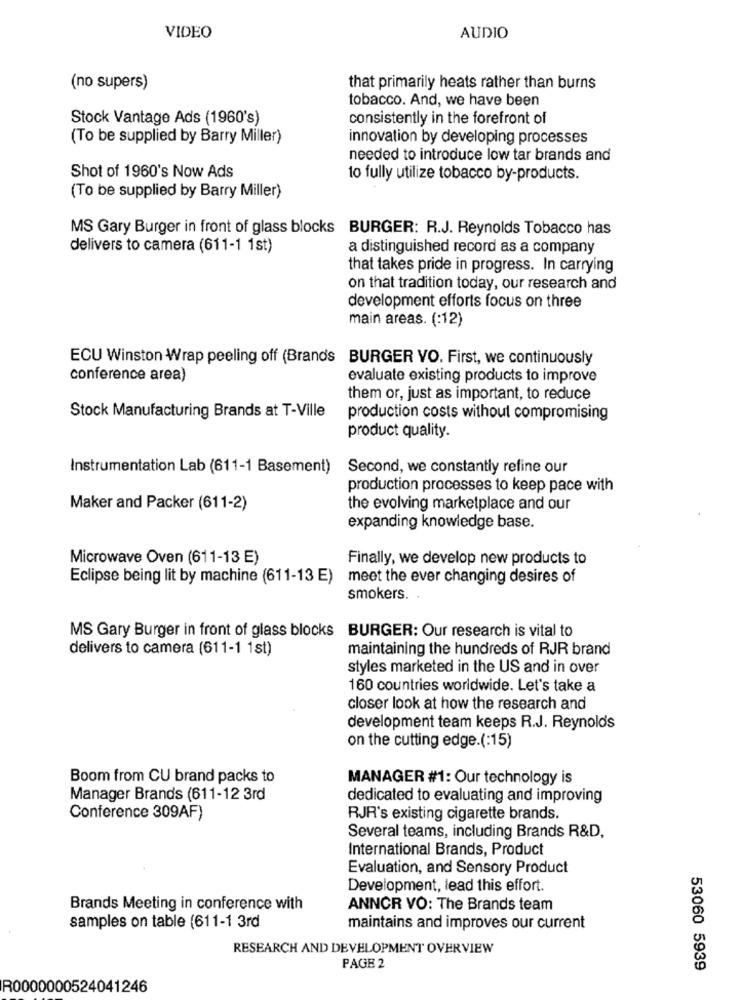
VIDEO
AUDIO
(no supers)
that primarily heats rather than burns
tobacco. And, we have been
Stock Vantage Ads (1960's)
consistently in the forefront of
(To be supplied by Barry Miller)
innovation by developing processes
needed to introduce low tar brands and
Shot of 1960's Now Ads
to fully utilize tobacco by-products.
(To be supplied by Barry Miller)
MS Gary Burger in front of glass blocks BURGER: R.J. Reynolds Tobacco has
delivers to camera (611-1 1st)
a distinguished record as a company
that takes pride in progress. In carrying
on that tradition today, our research and
development efforts focus on three
main areas. (:12)
ECU Winston Wrap peeling off (Brands BURGER VO. First, we continuously
conference area)
evaluate existing products to improve
them or, just as important, to reduce
Stock Manufacturing Brands at T-Ville
production costs without compromising
product quality.
Instrumentation Lab (611-1 Basement)
Second, we constantly refine our
production processes to keep pace with
Maker and Packer (611-2)
the evolving marketplace and our
expanding knowledge base.
Microwave Oven (611-13 E)
Finally, we develop new products to
Eclipse being lit by machine (611-13 E)
meet the ever changing desires of
smokers. .
MS Gary Burger in front of glass blocks BURGER: Our research is vital to
delivers to camera (611-1 1st)
maintaining the hundreds of RJR brand
styles marketed in the US and in over
160 countries worldwide. Let's take a
closer look at how the research and
development team keeps R.J. Reynolds
on the cutting edge.(:15)
Boom from CU brand packs to
MANAGER #1: Our technology is
Manager Brands (611-12 3rd
dedicated to evaluating and improving
Conference 309AF)
RJR's existing cigarette brands.
Several teams, including Brands R&D,
International Brands, Product
Evaluation, and Sensory Product
Development, lead this effort.
Brands Meeting in conference with
ANNCR VO: The Brands team
samples on table (611-1 3rd
maintains and improves our current
RESEARCH AND DEVELOPMENT OVERVIEW
PAGE 2
53060 5939
R0000000524041246